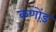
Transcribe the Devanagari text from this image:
कणोंड़